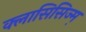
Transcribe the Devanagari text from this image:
क्लासिसिज्म़